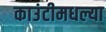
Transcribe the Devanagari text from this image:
काउंटीमधल्या